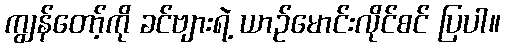
ကျွန်တော့်ကို ခင်ဗျားရဲ့ ယာဉ်မောင်းလိုင်စင် ပြပါ။